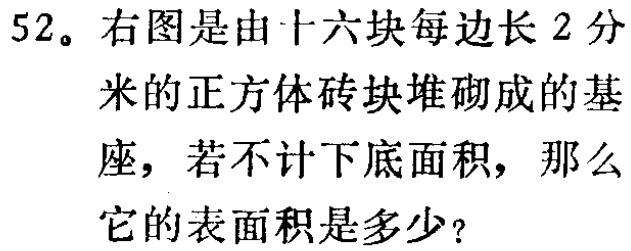
52。右图是由十六块每边长2分米的正方体砖块堆砌成的基座，若不计下底面积，那么它的表面积是多少？